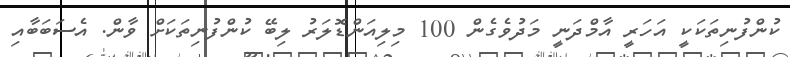
ކުންފުނިތަކަކީ އަހަރީ އާމްދަނީ މަދުވެގެން 100 މިލިއަންޑޮލަރު ލިބޭ ކުންފުނިތަކަށް ވާން. އެސަބަބާއި